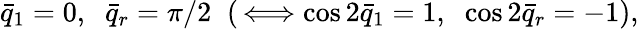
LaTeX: \bar{q}_{1}=0,\; \; \bar{q}_{r}=\pi/2\; \; (\, \Longleftrightarrow\cos 2\bar{q}_{1}=1,\; \; \cos 2\bar{q}_{r}=-1),